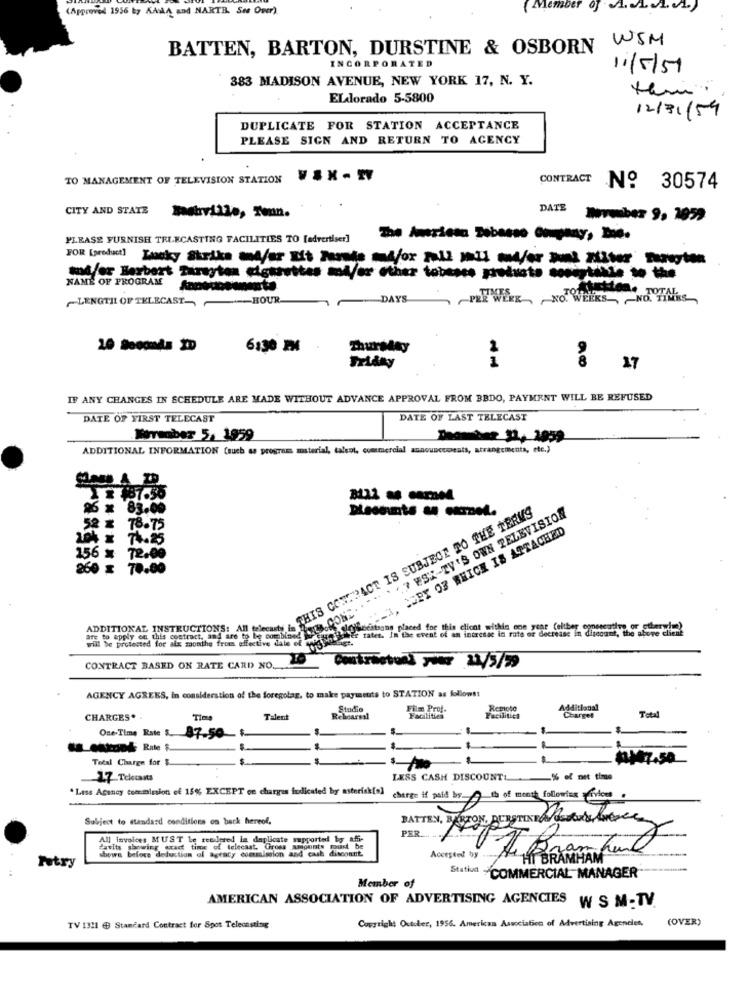
(Approved 1956 by KALA and NARTE. So Ower).
( Member
WSM
BATTEN, BARTON, DURSTINE & OSBORN
INCORPORATED
11/5/51
383 MADISON AVENUE, NEW YORK 17, N. Y.
ELalorado 5-5800
12/31/54
DUPLICATE FOR STATION ACCEPTANCE
PLEASE SIGN AND RETURN TO AGENCY
TO MANAGEMENT OF TELEVISION STATION
CONTRACT No 30574
CITY AND STATE
DATE
mastrville, Teun.
PLEASE FURNISH TRIECASTING FACILITIES TO [advertiser]
FOR [product] Lucky Strike and/or Hit Parade ml/ox Fall mail and/or Bunt Fiber Eareyton
and/or Herbert Zaresten cigarettes mod/or other tabasco protesto socistable to the
NAME OF PROGRAM Annodocumento
LENGTH OF TELECAST- HOUR
DAYS
PRE WERE NO. WEEKS -NO. TIMES
6:30 PM
Thursday
Friday
i
8 17
IF ANY CHANGES IN SCHEDULE ARE MADE WITHOUT ADVANCE APPROVAL FROM BBDO, PAYMENT WILL BE REFUSED
DATE OF FIRST TELECAST
DATE OF LAST TELECAST
Warsaber 5. 1959
ADDITIONAL INFORMATION (such as programs material, talent, commercial announcements, atrangements, etc.)
SNAD
- --
96 x 83.00
THIS CONTRACT IS SUBJECT TO THE TERMS
. . ? ESK-TV'S OWN TELEVISION
52 x 78.75
COPY OF WHICH IS ATTACHED
104 x 74.25
156 x 72.00
260 x 70.00
are to apply of this contract, and are to be comes.Com
ADDITIONAL INSTRUCTIONS: All telecasty in
et rater. In the event of an intresse in rute or decrease in discount, the above
Socatsans placed for this client within one year (eltber eonescative or ctla
CONTRACT BASED ON RATE CARD NO ..
Contractual your 22/5/29
AGENCY AGREES, in consideration of the foregolag, to make payments to STATION as follows:
Studio
Film Prof.
Additional
CHARGES.
Time
Talen
Facilities
Facilitica
Chargel
Total
One-Time Rate S.
87.50- 1.
Axon& Rite &
Total Charge for $
$
A¥7.50
1.7 Telecasts
LESS CASH DISCOUNT
-% of met time
. Less Agency commission of 15% EXCEPT on charges indicated by asterisk[a]
charge if paid by. th of month following -rvices .
Subject to standard conditions on back hereof.
BATTEN, BARTON, BURSTINGA Gata' Area
PER
All invoices MUST Le rendered la duplicate supported by af-
davits showing exact time of telecast. Gross amounts must be
shows before deduction al ageaty commission and cash discount.
FL Brankuml
Petry
HI BRAMHAM
Member of
Station -COMMERCIAL MANAGER
AMERICAN ASSOCIATION OF ADVERTISING AGENCIES W S M-TV.
Copyright October, 1956. American Association of Advertising Agencies,
(OVER)
TV 1321 @ Standard Contract for Spot Telecasting